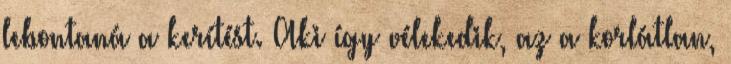
lebontaná a kerítést. Aki így vélekedik, az a korlátlan,